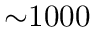
\mathord { \sim } 1 0 0 0